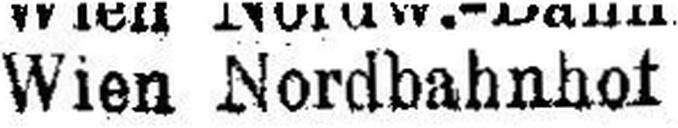
Wien Nordbahnhof